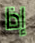
إذا